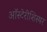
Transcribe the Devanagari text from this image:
ऑस्टेरीशिस्षर